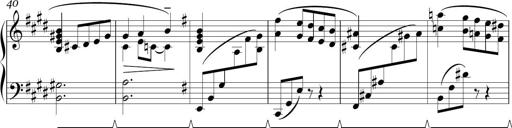
Title: Sonatina in E minor
Composer: Shuwen Zhang
Key: E minor